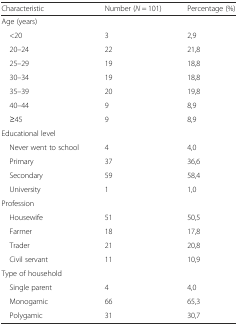
<table><thead><tr><td><b>Characteristic</b></td><td><b>Number (<i>N</i> = 101)</b></td><td><b>Percentage (%)</b></td></tr></thead><tbody><tr><td colspan="3">Age (years)</td></tr><tr><td> &lt;20</td><td>3</td><td>2,9</td></tr><tr><td> 20–24</td><td>22</td><td>21,8</td></tr><tr><td> 25–29</td><td>19</td><td>18,8</td></tr><tr><td> 30–34</td><td>19</td><td>18,8</td></tr><tr><td> 35–39</td><td>20</td><td>19,8</td></tr><tr><td> 40–44</td><td>9</td><td>8,9</td></tr><tr><td> ≥45</td><td>9</td><td>8,9</td></tr><tr><td colspan="3">Educational level</td></tr><tr><td> Never went to school</td><td>4</td><td>4,0</td></tr><tr><td> Primary</td><td>37</td><td>36,6</td></tr><tr><td> Secondary</td><td>59</td><td>58,4</td></tr><tr><td> University</td><td>1</td><td>1,0</td></tr><tr><td colspan="3">Profession</td></tr><tr><td> Housewife</td><td>51</td><td>50,5</td></tr><tr><td> Farmer</td><td>18</td><td>17,8</td></tr><tr><td> Trader</td><td>21</td><td>20,8</td></tr><tr><td> Civil servant</td><td>11</td><td>10,9</td></tr><tr><td colspan="3">Type of household</td></tr><tr><td> Single parent</td><td>4</td><td>4,0</td></tr><tr><td> Monogamic</td><td>66</td><td>65,3</td></tr><tr><td> Polygamic</td><td>31</td><td>30,7</td></tr></tbody></table>